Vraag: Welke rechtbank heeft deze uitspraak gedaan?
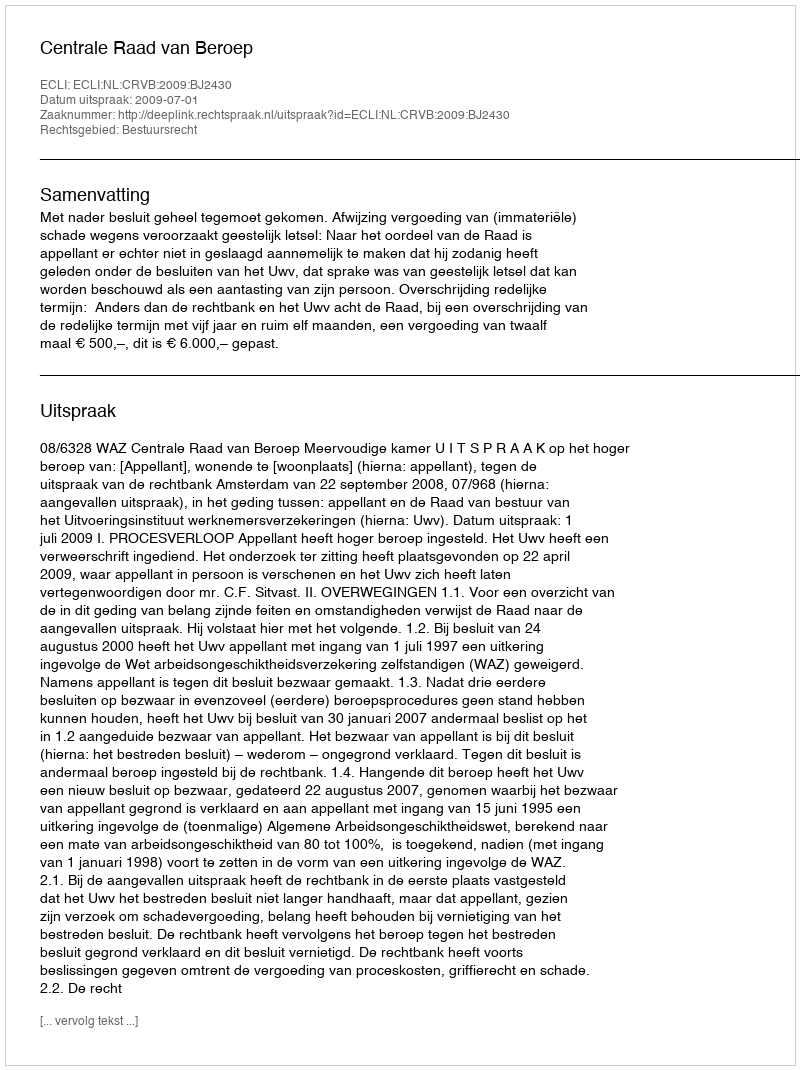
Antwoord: Centrale Raad van Beroep